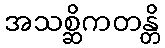
အသစ္ဆိကတန္တိ